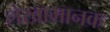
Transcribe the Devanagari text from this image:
लेखामानक